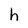
Character: h